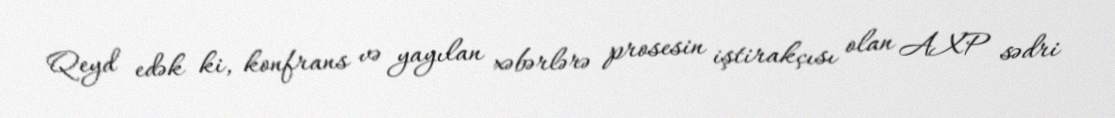
Qeyd edək ki, konfrans və yayılan xəbərlərə prosesin iştirakçısı olan AXP sədri